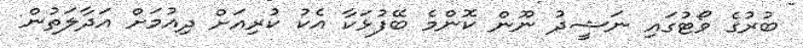
ބުރުގެ ވޯޓުގައި ނަޝީދު ނޫން ކޮންމެ ބޭފުޅަކާ އެކު ކުރިއަށް ދިއުމަށް އަދާލަތުން